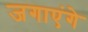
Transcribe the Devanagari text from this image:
जगाएंगे